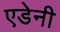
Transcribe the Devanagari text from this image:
एडेनी